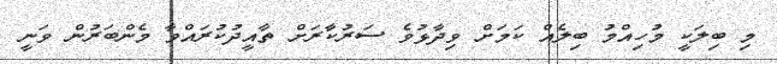
މި ބިލަކީ މުހިއްމު ބިލެއް ކަމަށް ވިދާޅުވެ ސަރުކާރަށް ތާއީދުކުރައްވާ މެންބަރުން ވަނީ